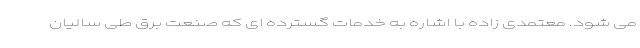
می شود. معتمدی زاده با اشاره به خدمات گسترده ای که صنعت برق طی سالیان